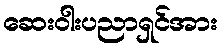
ဆေးဝါးပညာရှင်အား